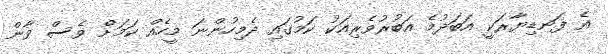
އެ ފަނޑިޔާރަކީ އަބަދުމެ އަބުރުވެރިއަކު ކަމުގައި ދެމިހުންނަ މީހެއް ކަމަށް ވެސް ވާން